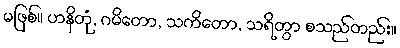
မဖြစ်။ ဟနိတုံ, ဂမိတော, သကိတော, သရိတွာ စသည်တည်း။